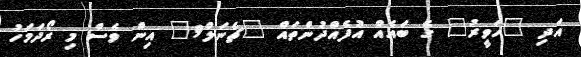
އަދި "ހަވީރު" ގެ ބައެއް އުފެއްދުންތައް "ޗެނަލް9" އިން ވެސް މި ރޯދަމަހު